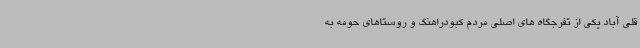
قلی آباد یکی از تفرجگاه های اصلی مردم کبودراهنگ و روستاهای حومه به